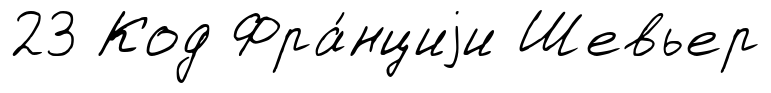
23 Код Фра́нциjи Шевьер